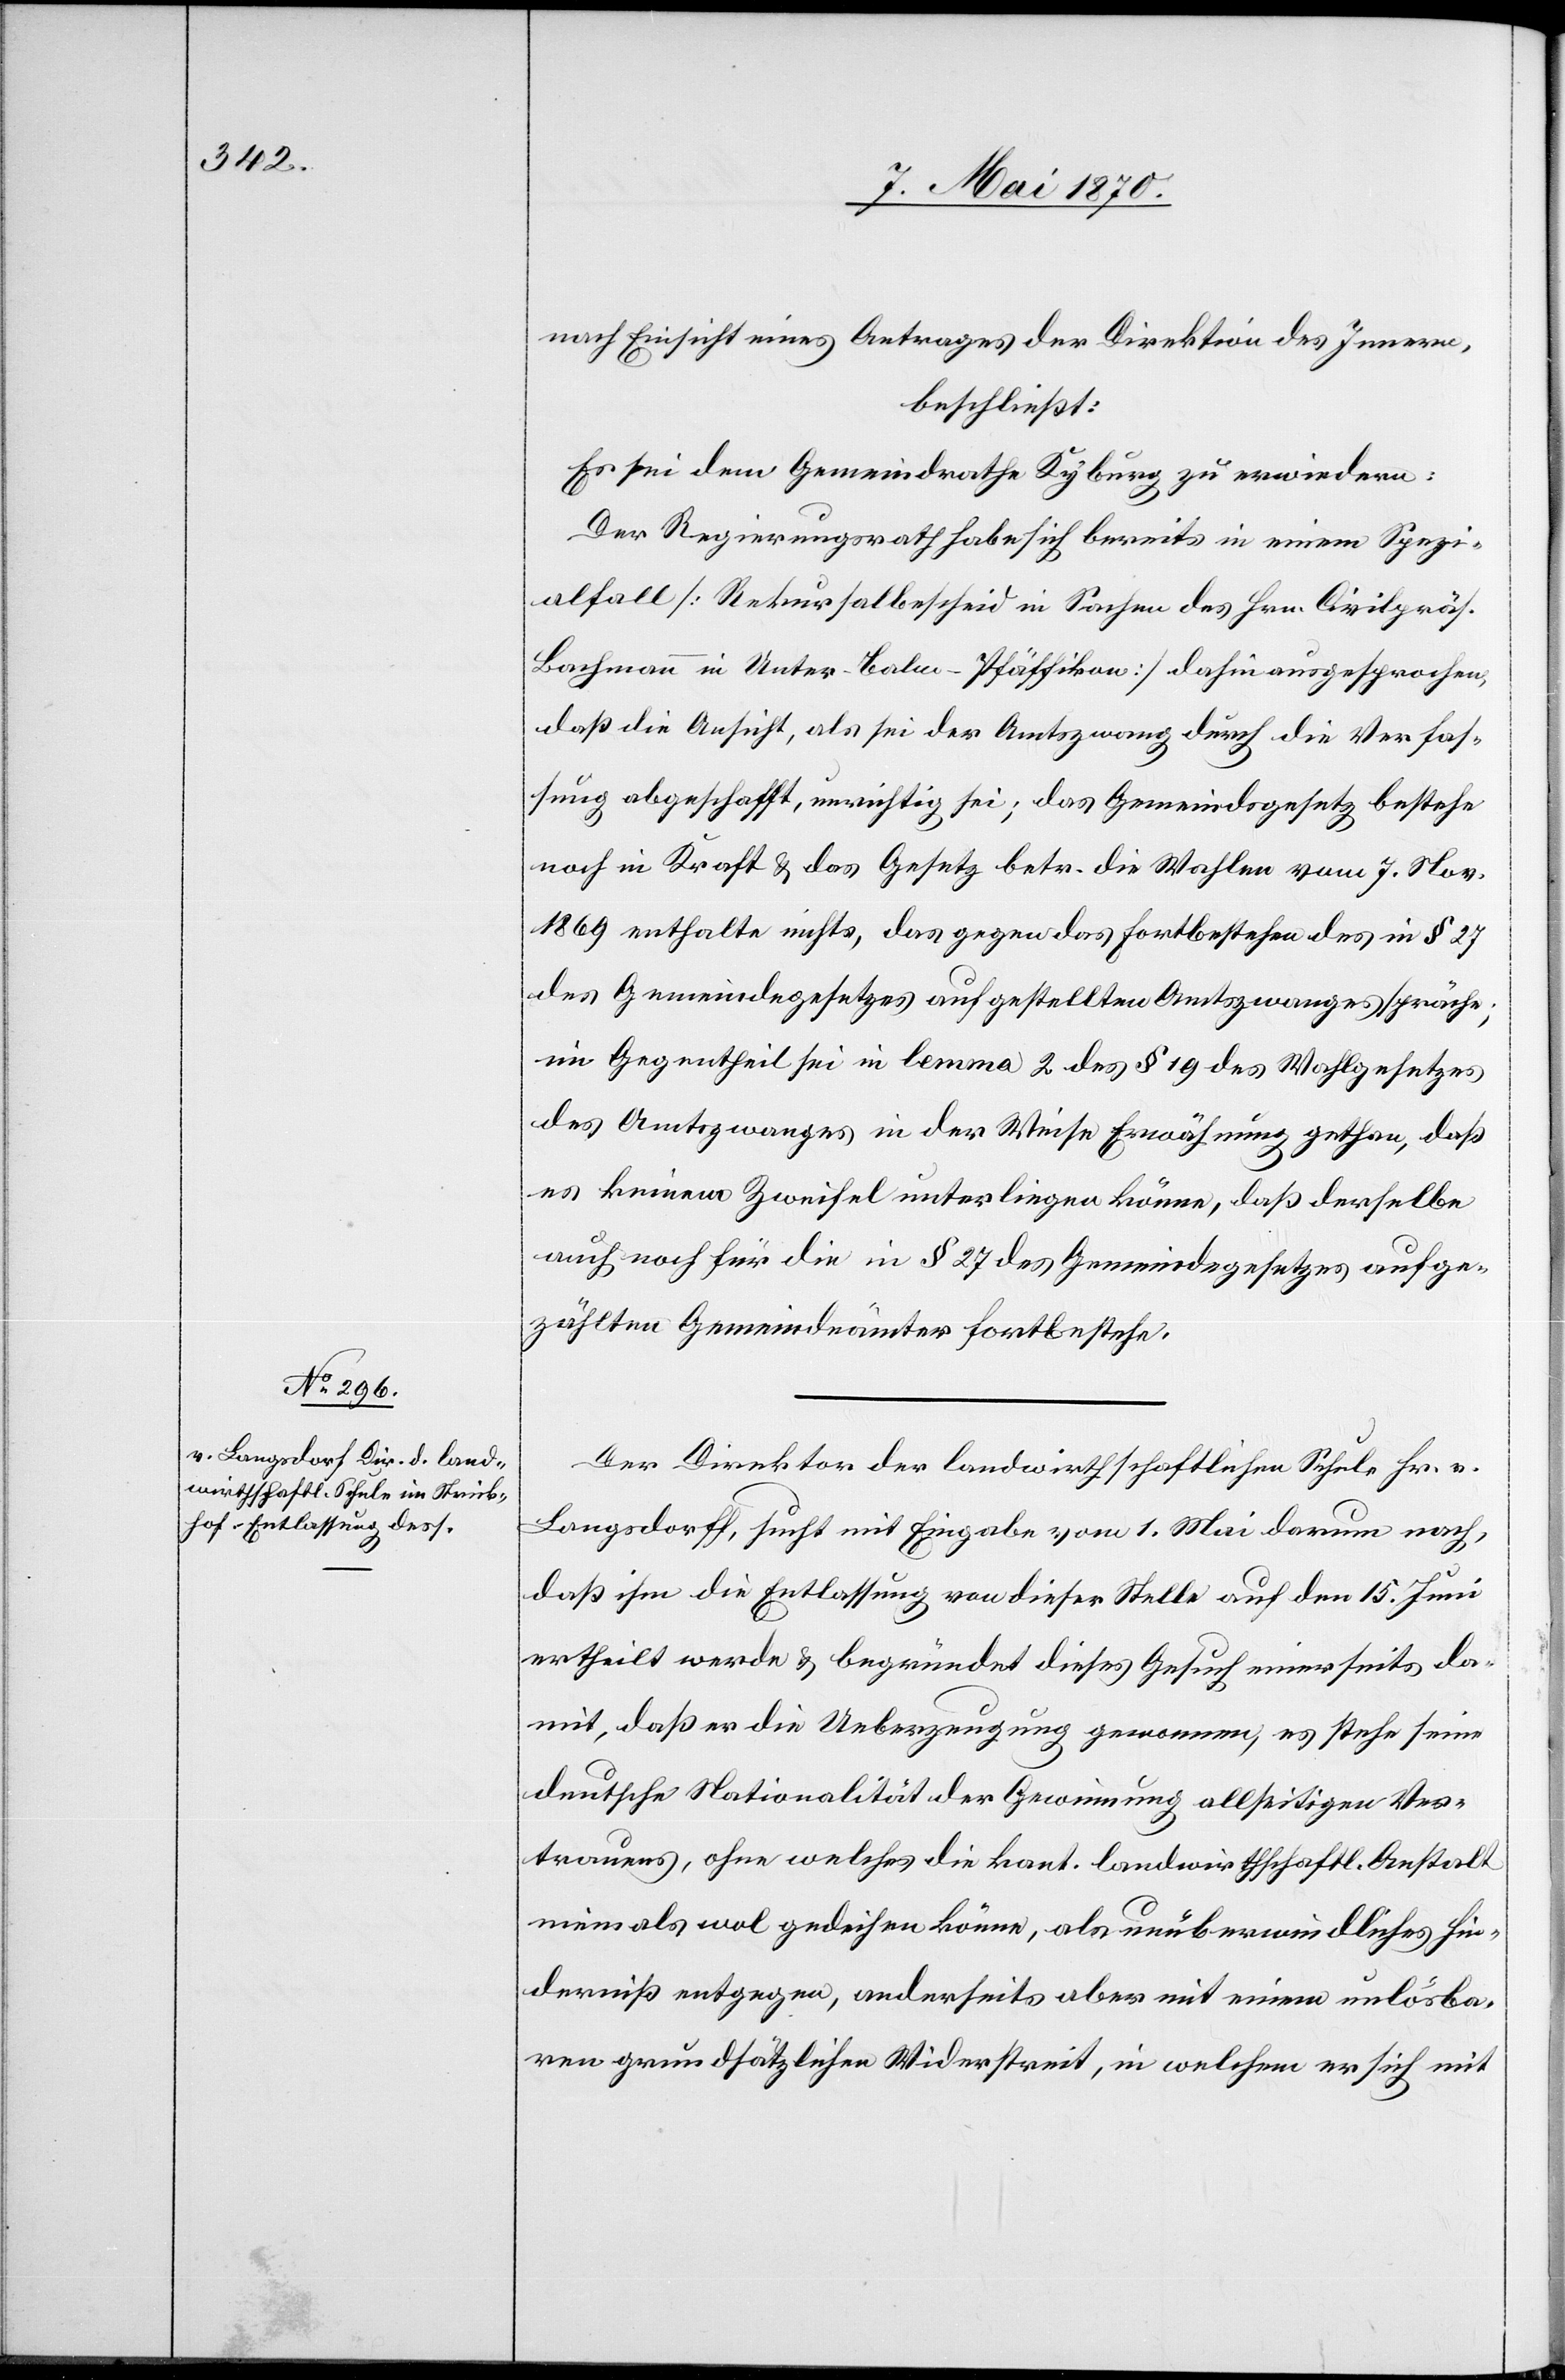
nach Einsicht eines Antrages der Direktion des Innern,
beschließt:
Es sei dem Gemeindrathe Kyburg zu erwiedern:
Der Regierungsrath habe sich bereits in einem Spezi¬
alfall [Rekursalbescheid in Sachen des Hrn. Civilpräs.
Bachmann in Unter-Balm - Pfäffikon] dahin ausgesprochen,
daß die Ansicht, als sei der Amtszwang durch die Verfas¬
sung abgeschafft, unrichtig sei; das Gemeindegesetz bestehe
noch in Kraft & das Gesetz betr. die Wahlen vom 7. Nov.
1869 enthalte nichts, das gegen das Fortbestehen des in § 27
des Gemeindegesetzes aufgestellten Amtszwanges spräche;
im Gegentheil sei in lemma 2 des § 19 des Wahlgesetzes
des Amtszwanges in der Weise Erwähnung gethan, daß
es keinem Zweifel unterliegen könne, daß derselbe
auch noch für die in § 27 des Gemeindegesetzes aufge¬
zählten Gemeindeämter fortbestehe.
Der Direktor der landwirthschafltichen Schule Hr. v.
Langsdorff [sic!], sucht mit Eingabe vom 1. Mai darum nach,
daß ihm die Entlassung von dieser Stelle auf den 15. Juni
ertheilt werde & begründet dieses Gesuch einerseits da¬
mit, daß er die Ueberzeugung gewonnen, es stehe seine
deutsche Nationalität der Gewinnung allseitigen Ver¬
trauens, ohne welches die kant. landwirthschaftl. Anstalt
niemals wol gedeihen könne, als unüberwindliches Hin¬
derniß entgegen, anderseits aber mit einem unlösba¬
ren grundsätzlichen Widerstreit, in welchem er sich mit